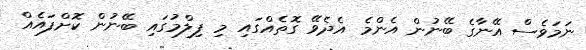
ނަމަވެސް އޭނާގެ ބޭނުން އެންމެ އެދެވޭ ގޮތެއްގައި މި ފިލްމުގައި ބޭނުން ކޮށްފައެއް